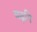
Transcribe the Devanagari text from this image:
चढ़नि